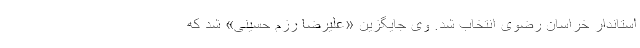
استاندار خراسان رضوی انتخاب شد. وی جایگزین «علیرضا رزم حسینی» شد که